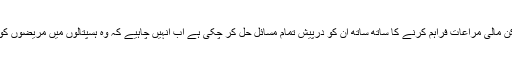
موجودہ صوبائی حکومت نرسوں کی ساری جائز مطالبات پوری کر چکی ہے اور اُنہیں ہر ممکن مالی مراعات فراہم کرنے کا ساتھ ساتھ اُن کو درپیش تمام مسائل حل کر چکی ہے اب اُنہیں چاہیے کہ وہ ہسپتالوں میں مریضوں کو علاج معالجے کی بہتر سہولیات کی ہمہ وقت فراہمی کو یقینی بنانے کے اپنا کردار ادا کریں ۔